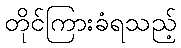
တိုင်ကြားခံရသည့်